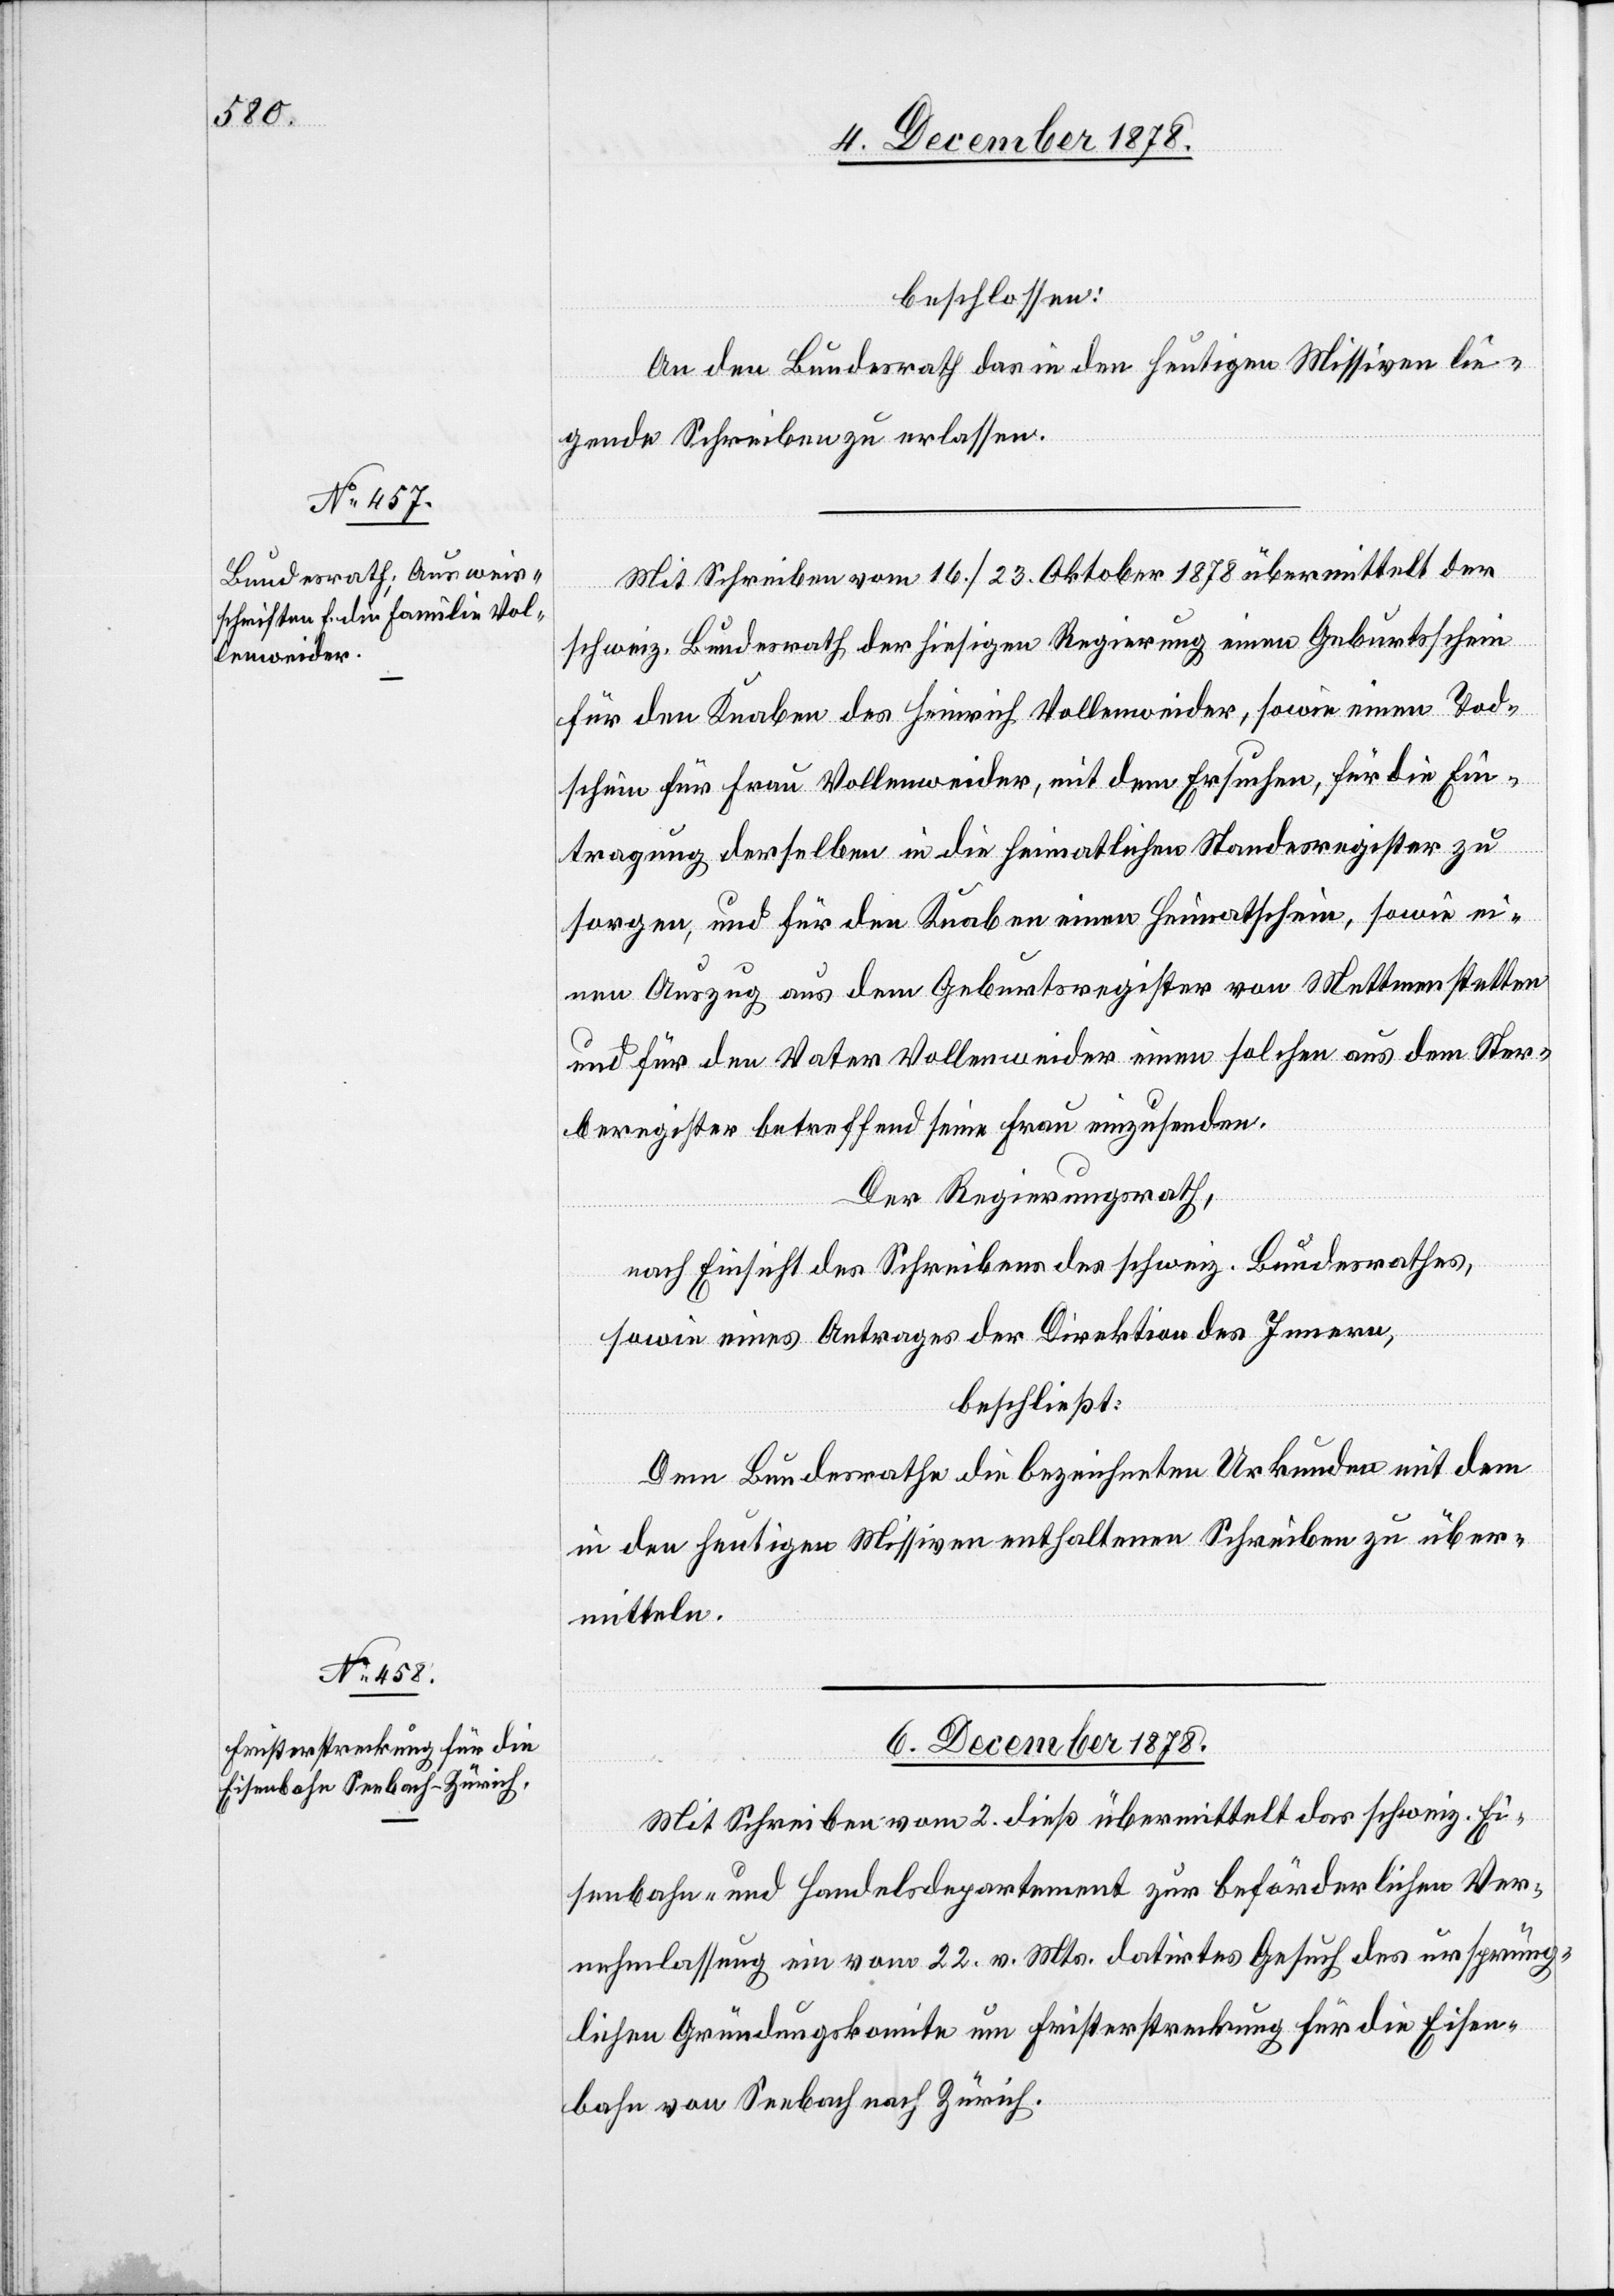
6. December 1878.
beschlossen:
An den Bundesrath das in den heutigen Missiven lie¬
gende Schreiben zu erlassen.
Mit Schreiben vom 16./23. Oktober 1878 übermittelt der
schweiz. Bundesrath der hiesigen Regierung einen Geburtsschein
für den Knaben des Heinrich Vollenweider, sowie einen Tod¬
schein für Frau Vollenweider, mit dem Ersuchen, für die Ein¬
tragung derselben in die heimatlichen Standesregister zu
sorgen, und für den Knaben einen Heimatschein, sowie ei¬
nen Auszug aus dem Geburtsregister von Mettmenstetten
und für den Vater Vollenweider einen solchen aus dem Ster¬
beregister betreffend seine Frau einzusenden.
Der Regierungsrath,
nach Einsicht des Schreibens des schweiz. Bundesrathes,
sowie eines Antrages der Direktion des Innern,
beschließt:
Dem Bundesrathe die bezeichneten Urkunden mit dem
in den heutigen Missiven enthaltenen Schreiben zu über¬
mitteln.
Mit Schreiben vom 2. dieß übermittelt das schweiz. Ei¬
senbahn- und Handelsdepartement zur beförderlichen Ver¬
nehmlassung ein vom 22. v. Mts. datirtes Gesuch des ursprüng¬
lichen Gründungskomite um Fristerstreckung für die Eisen¬
bahn von Seebach nach Zürich.